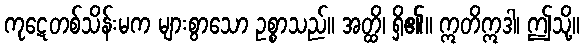
ကုဋေတစ်သိန်းမက များစွာသော ဥစ္စာသည်။ အတ္ထိ၊ ရှိ၏။ ဣတိဣဒါ၊ ဤသို့။